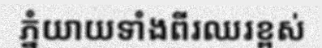
ភ្នំយាយទាំងពីរឈរខ្ពស់